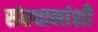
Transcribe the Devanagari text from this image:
संस्थानांशी